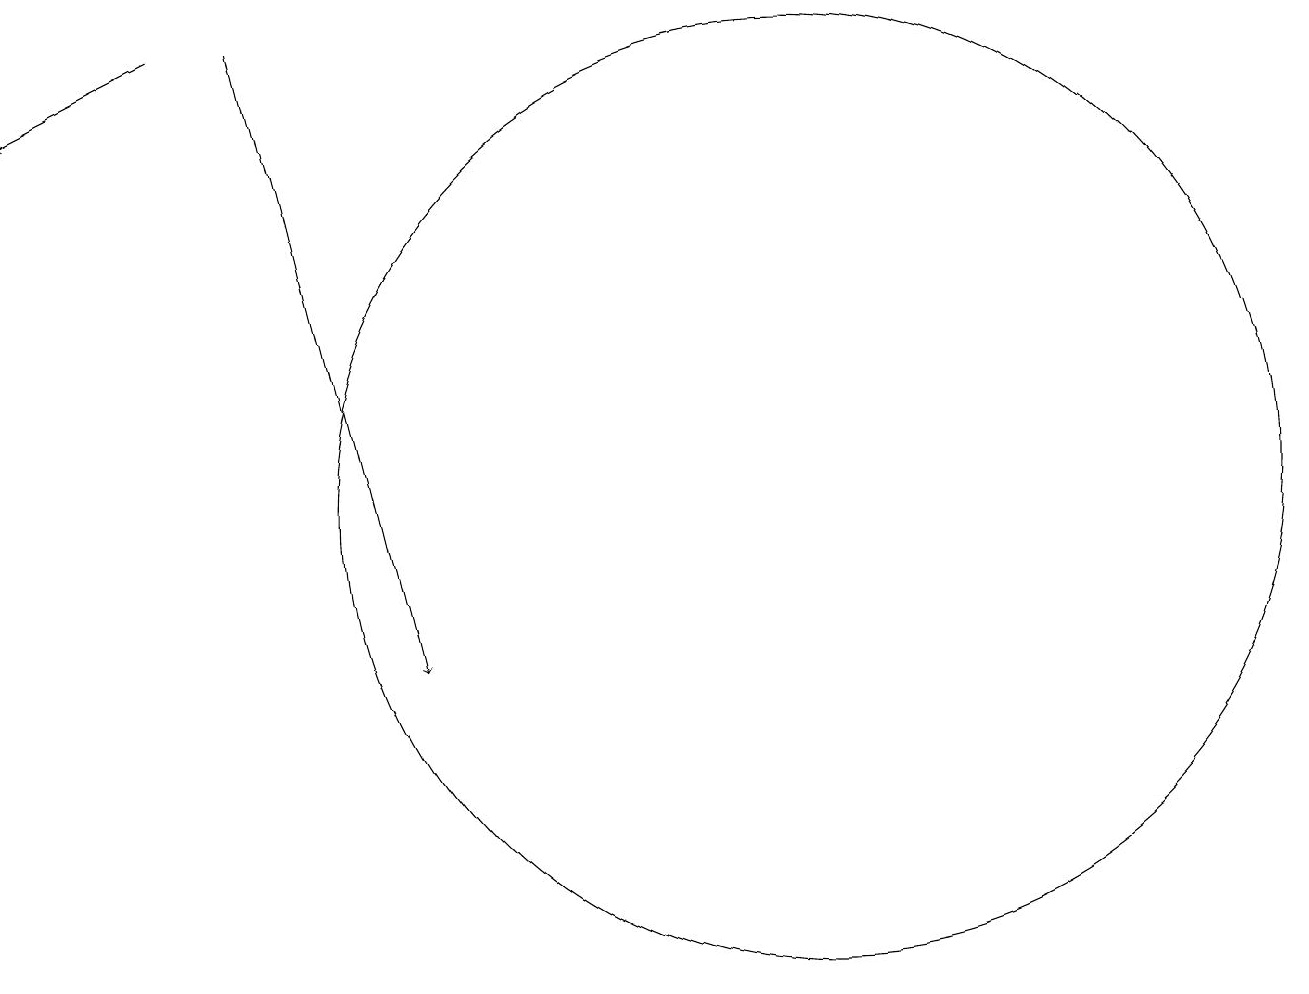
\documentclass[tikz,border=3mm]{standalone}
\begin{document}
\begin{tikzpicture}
\draw (10,12) circle (6);
\draw[->] (2,18) -- (0,17);
\draw[->] (3,18) -- (5,10);
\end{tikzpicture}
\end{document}